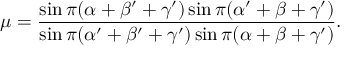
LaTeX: \mu = { \frac { \sin \pi ( \alpha + \beta ^ { \prime } + \gamma ^ { \prime } ) \sin \pi ( \alpha ^ { \prime } + \beta + \gamma ^ { \prime } ) } { \sin \pi ( \alpha ^ { \prime } + \beta ^ { \prime } + \gamma ^ { \prime } ) \sin \pi ( \alpha + \beta + \gamma ^ { \prime } ) } } .